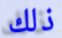
ذلك